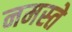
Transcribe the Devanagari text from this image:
नमस्‍ते